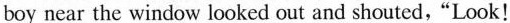
boy near the window looked out and shouted, "Look!